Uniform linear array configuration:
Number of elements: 16
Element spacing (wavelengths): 0.5
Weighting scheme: blackman
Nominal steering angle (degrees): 45
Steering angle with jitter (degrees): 46.303
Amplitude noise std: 0.05
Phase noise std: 0.05

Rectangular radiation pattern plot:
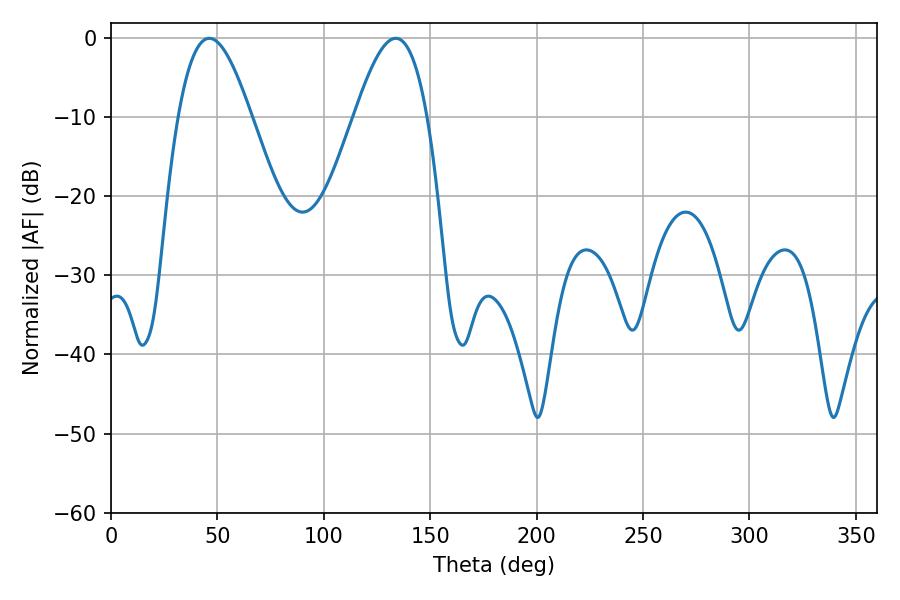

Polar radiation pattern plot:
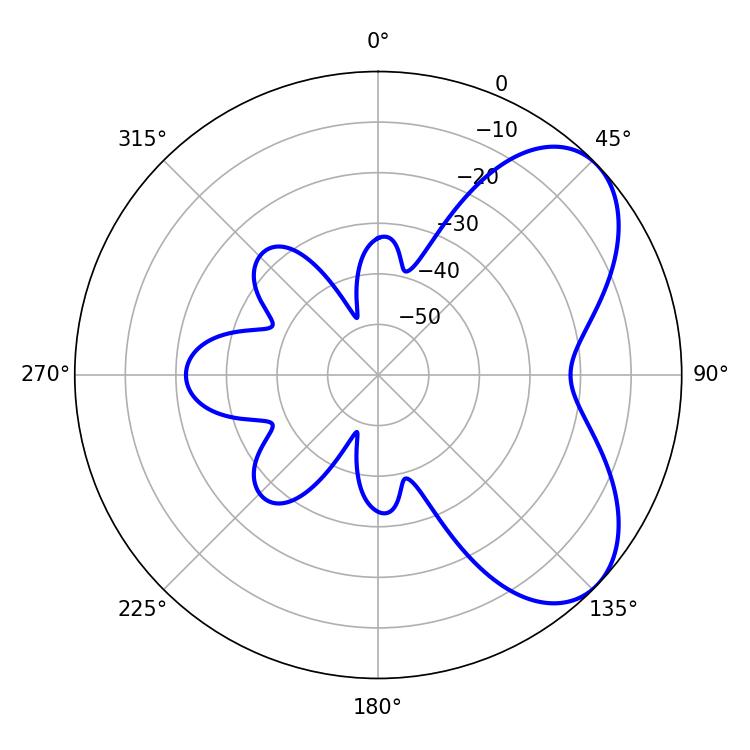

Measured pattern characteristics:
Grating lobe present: FALSE
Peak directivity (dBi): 5.859
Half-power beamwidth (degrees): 18.36
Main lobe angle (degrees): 46.26